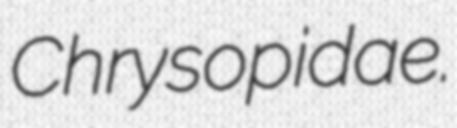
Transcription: Chrysopidae.